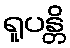
ရူပန္တိ